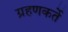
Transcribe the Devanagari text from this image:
ग्रहणकर्ते